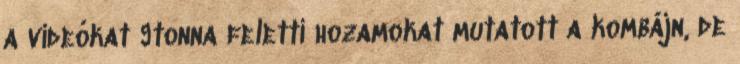
a videókat 9tonna feletti hozamokat mutatott a kombájn, de